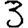
Digit: 3